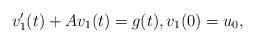
LaTeX: \begin{align*} v_1'(t) + Av_1(t) = g(t), v_1(0) = u_0, \end{align*}